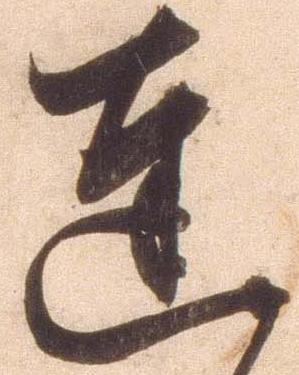
達